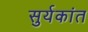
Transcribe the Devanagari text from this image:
सुर्यकांत